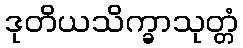
ဒုတိယသိက္ခာသုတ္တံ